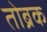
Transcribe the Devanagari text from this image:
तोब्रक